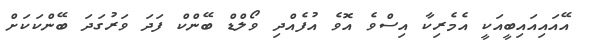
އޭއައިއައިބީއަކީ އެމެރިކާ އިސްވެ އޮވެ އުފެއްދި ވޯލްޑް ބޭންކް ފަދަ ވަރުގަދަ ބޭންކަކަށް